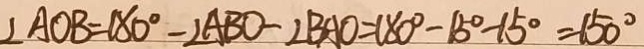
\angle A O B = 1 8 0 ^ { \circ } - \angle A B O - \angle B A O = 1 8 0 ^ { \circ } - 1 5 ^ { \circ } - 1 5 ^ { \circ } = 1 5 0 ^ { \circ }